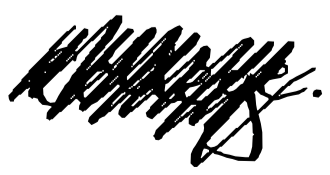
Text: College.
Cross-out: mix
Writing tool: digital_black